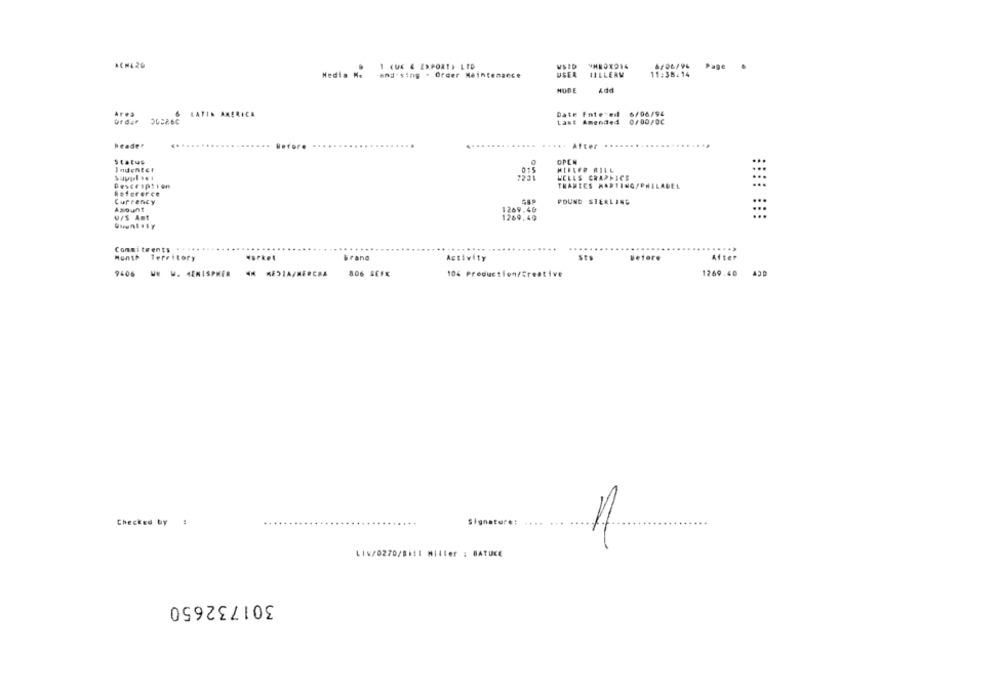
ACHL20
1 (UE & EXPORT) LTD
USID
SHE0X914
Page
Media Me -and-sing . Order Maintenance
USEA
11LLERM
11:38:14
HODE
Add
Area
LATIN AMERICA
Bate Fate ed 6/06/94
Order OUC26C
Last Amende4 0/00/00
header
.....
Before
After
.........
OPEN
Indenter
0:5
MEFLER RILL
2231
WELLS GRAPHICS
Description
THANLES MARTINGSP
Refererce
Currency
POUND STERLING
Amount
1269.40
UPS Amt
1269,40
Commitments
brand
St
After
Month Territory
worket
Activity
before
9406 WN W. HEMISPHER A MEIA/MERCHA
806 SEFx
104 Production/Creative
1269.40 ADD
Checked by :
Signature: ....
11
LIV/0270/BEI Miller : BATUKE
301732650